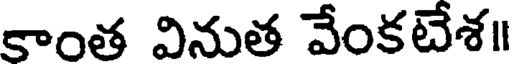
కాంత వినుత వేంకటేశ